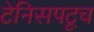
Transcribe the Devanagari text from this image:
टेनिसपटूच